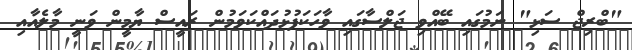
"ބްރިޖް ސަޅި" ނަމުގައި ބޭއްވި ޖަލްސާގައި ވާހަކަފުޅުދައްކަވަމުން ރައީސް ޔާމީން ވަނީ މާލެއާއި